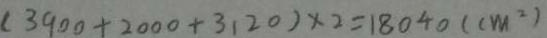
( 3 9 0 0 + 2 0 0 0 + 3 1 2 0 ) \times 2 = 1 8 0 4 0 ( c m ^ { 2 } )